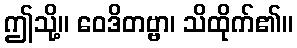
ဤသို့။ ဝေဒိတဗ္ဗာ၊ သိထိုက်၏။